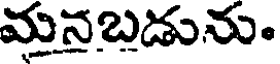
మనబడును.